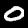
Label: 0